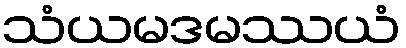
သံယမဒမဿယံ